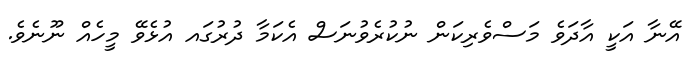
އޭނާ އަކީ އާދަވެ މަސްވެރިކަން ނުކުރެވުނަސް އެކަމާ ދުރުގައ އުޅެވޭ މީހެއް ނޫނެވެ.